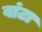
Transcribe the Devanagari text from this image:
वांटा